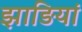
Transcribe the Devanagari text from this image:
झाङियां